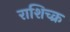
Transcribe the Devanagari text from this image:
राशिच्क्र